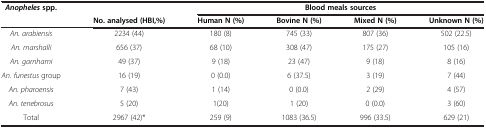
<table><thead><tr><td><b><i>Anopheles </i>spp.</b></td><td><b> </b></td><td colspan="4"><b>Blood meals sources</b></td></tr><tr><td><b> </b></td><td><b>No. analysed (HBI,%)</b></td><td><b>Human N (%)</b></td><td><b>Bovine N (%)</b></td><td><b>Mixed N (%)</b></td><td><b>Unknown N (%)</b></td></tr></thead><tbody><tr><td><i>An. arabiensis</i></td><td>2234 (44)</td><td>180 (8)</td><td>745 (33)</td><td>807 (36)</td><td>502 (22.5)</td></tr><tr><td><i>An. marshalli</i></td><td>656 (37)</td><td>68 (10)</td><td>308 (47)</td><td>175 (27)</td><td>105 (16)</td></tr><tr><td><i>An. garnhami</i></td><td>49 (37)</td><td>9 (18)</td><td>23 (47)</td><td>9 (18)</td><td>8 (16)</td></tr><tr><td><i>An. funestus</i> group</td><td>16 (19)</td><td>0 (0.0)</td><td>6 (37.5)</td><td>3 (19)</td><td>7 (44)</td></tr><tr><td><i>An. pharoensis</i></td><td>7 (43)</td><td>1 (14)</td><td>0 (0.0)</td><td>2 (29)</td><td>4 (57)</td></tr><tr><td><i>An. tenebrosus</i></td><td>5 (20)</td><td>1(20)</td><td>1 (20)</td><td>0 (0.0)</td><td>3 (60)</td></tr><tr><td>Total</td><td>2967 (42)*</td><td>259 (9)</td><td>1083 (36.5)</td><td>996 (33.5)</td><td>629 (21)</td></tr></tbody></table>